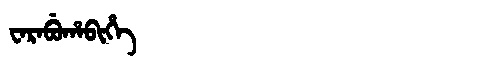
Manchu: ᠸᠠᡵᠠᠪᡠᡥᠠᠪᡳᡥᡝ
Romanization: WARABUHABIHE